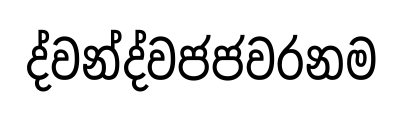
ද්වන්ද්වජජවරනම